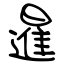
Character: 暹